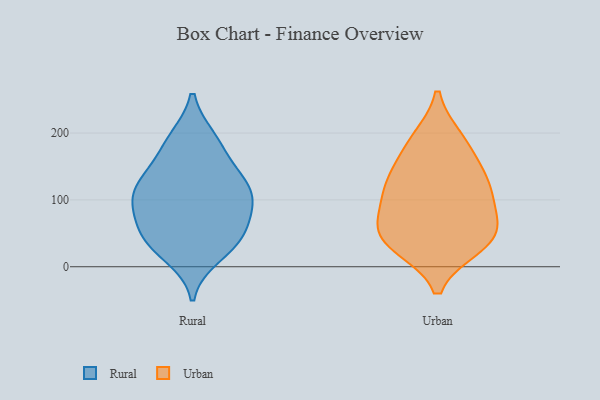
{"axis": {"x": "Gross Profit (USD K)", "y": "Value"}, "legend": ["Rural", "Urban"], "data": [{"x": "", "y": 42, "type": "Rural"}, {"x": "", "y": 189, "type": "Rural"}, {"x": "", "y": 84, "type": "Rural"}, {"x": "", "y": 102, "type": "Rural"}, {"x": "", "y": 129, "type": "Rural"}, {"x": "", "y": 111, "type": "Rural"}, {"x": "", "y": 35, "type": "Rural"}, {"x": "", "y": 83, "type": "Rural"}, {"x": "", "y": 17, "type": "Rural"}, {"x": "", "y": 161, "type": "Rural"}, {"x": "", "y": 191, "type": "Rural"}, {"x": "", "y": 123, "type": "Rural"}, {"x": "", "y": 119, "type": "Rural"}, {"x": "", "y": 42, "type": "Rural"}, {"x": "", "y": 59, "type": "Rural"}, {"x": "", "y": 187, "type": "Urban"}, {"x": "", "y": 150, "type": "Urban"}, {"x": "", "y": 124, "type": "Urban"}, {"x": "", "y": 77, "type": "Urban"}, {"x": "", "y": 49, "type": "Urban"}, {"x": "", "y": 191, "type": "Urban"}, {"x": "", "y": 31, "type": "Urban"}, {"x": "", "y": 129, "type": "Urban"}, {"x": "", "y": 114, "type": "Urban"}, {"x": "", "y": 57, "type": "Urban"}, {"x": "", "y": 40, "type": "Urban"}, {"x": "", "y": 95, "type": "Urban"}, {"x": "", "y": 34, "type": "Urban"}]}